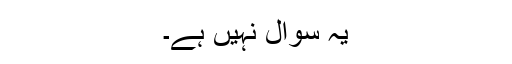
یہ سوال نہیں ہے۔